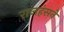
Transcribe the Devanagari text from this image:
राजहंसने